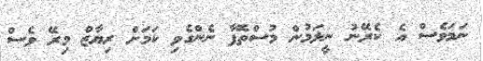
ނަމަވެސް އެ ކެރޭނު ނީލަމުން މުސްތޮފާ ނެންގެވި ކަމަށް ރިޔާޒް މިރޭ ވެސް